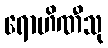
ရောဟိဏီသု